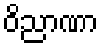
ဝိညာဏာ